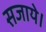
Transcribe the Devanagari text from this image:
सजाये।